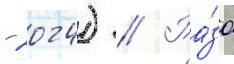
- 2024) // Ра́за